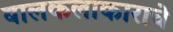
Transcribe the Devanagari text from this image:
बालकलाकाराचे